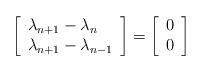
LaTeX: \begin{align*}\left[\begin{array}{l} \lambda_{n+1}-\lambda_n \\ \lambda_{n+1}-\lambda_{n-1}\end{array}\right] =\left[\begin{array}{l}0\\ 0\end{array}\right]\end{align*}